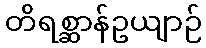
တိရစ္ဆာန်ဥယျာဉ်